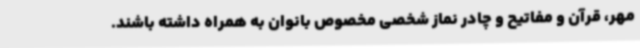
مهر، قرآن و مفاتیح و چادر نماز شخصی مخصوص بانوان به همراه داشته باشند.